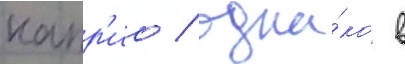
капр'ио / одна́ко в